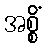
အစ္စိံ